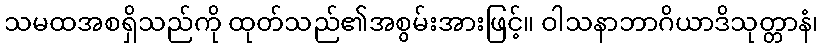
သမထအစရှိသည်ကို ထုတ်သည်၏အစွမ်းအားဖြင့်။ ဝါသနာဘာဂိယာဒိသုတ္တာနံ၊